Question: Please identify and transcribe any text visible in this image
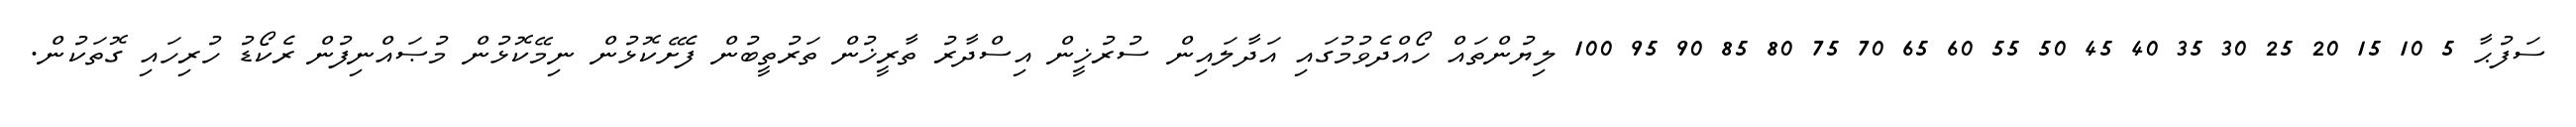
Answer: ސަފުޙާ 5 10 15 20 25 30 35 40 45 50 55 60 65 70 75 80 85 90 95 100 ލިޔުންތައް ހޯއްދެވުމުގައި އަދާލައިން ސުރުޚީން އިސްދާރު ތާރީޚުން ތަރުތީބުން ފެށޭކޮޅުން ނިމޭކޮޅުން މުޞައްނިފުން ރެކޯޑު ހުރިހައި ގޮތަކުން.